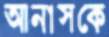
আনাসকে